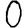
Digit: 0